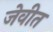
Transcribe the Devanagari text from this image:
जेवीत